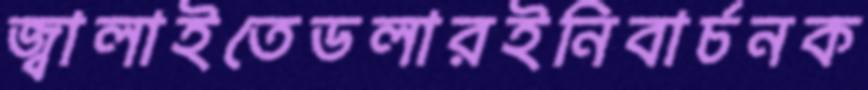
জ্বালাইতেডলারইনিবার্চনক